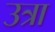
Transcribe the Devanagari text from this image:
उत्रा